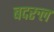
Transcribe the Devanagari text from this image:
बदरुल